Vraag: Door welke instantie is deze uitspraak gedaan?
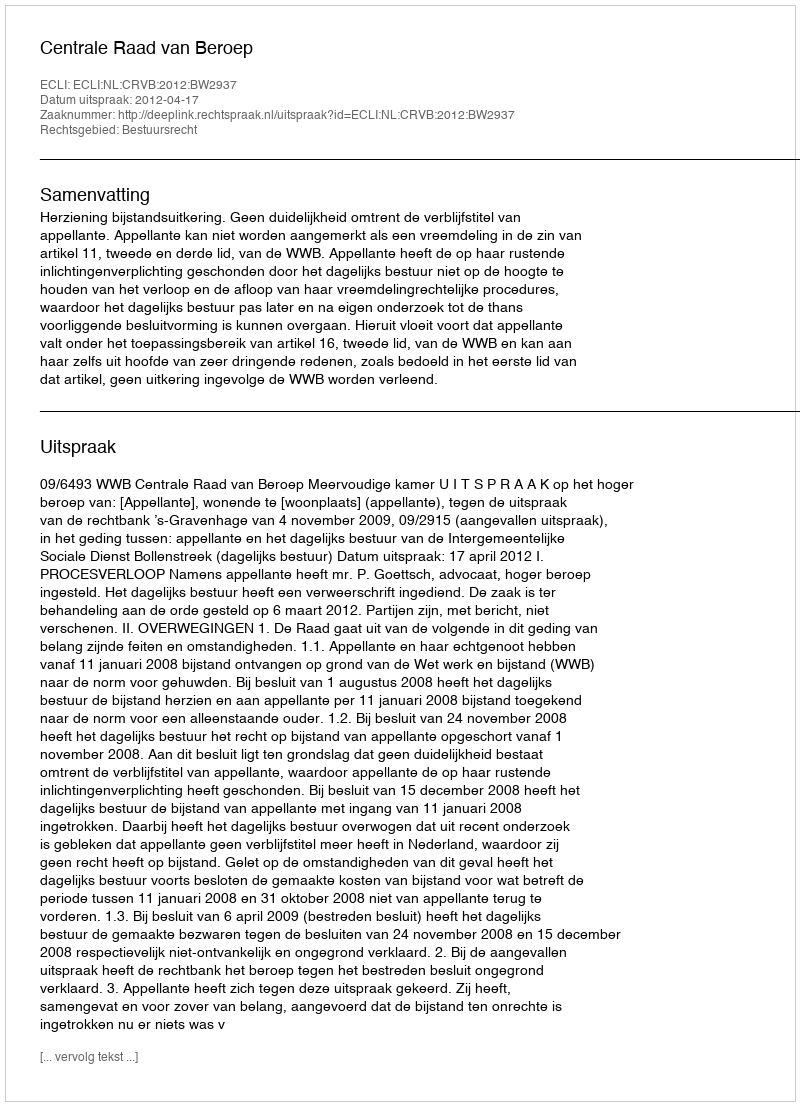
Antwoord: Centrale Raad van Beroep